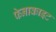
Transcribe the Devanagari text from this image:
फेनाकाइट